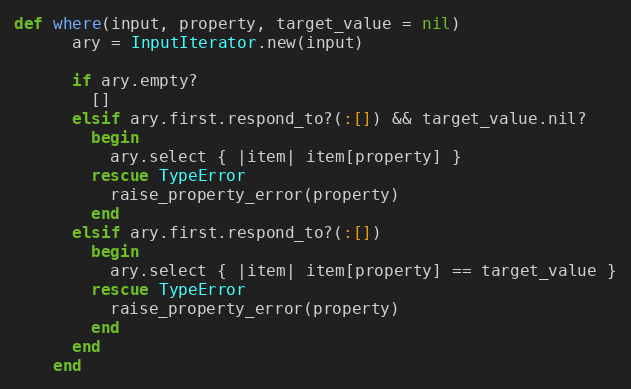
Language: Ruby
def where(input, property, target_value = nil)
      ary = InputIterator.new(input)

      if ary.empty?
        []
      elsif ary.first.respond_to?(:[]) && target_value.nil?
        begin
          ary.select { |item| item[property] }
        rescue TypeError
          raise_property_error(property)
        end
      elsif ary.first.respond_to?(:[])
        begin
          ary.select { |item| item[property] == target_value }
        rescue TypeError
          raise_property_error(property)
        end
      end
    end